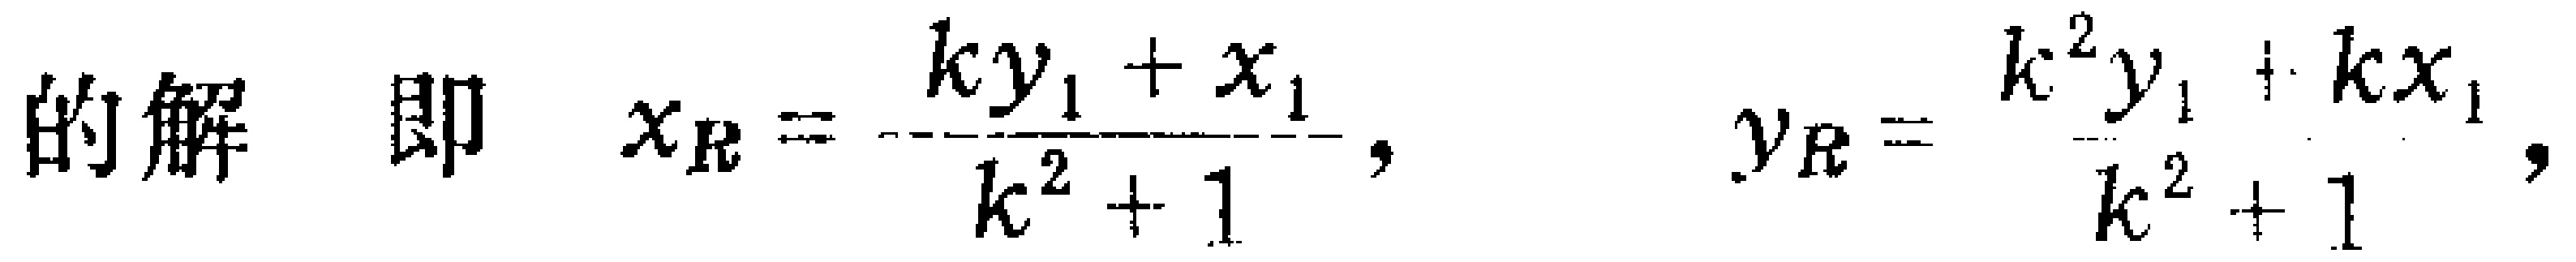
的解 即 \(x_R = -\frac{ky_1 + x_1}{k^2 + 1},\) \(y_R = \frac{k^2y_1 + kx_1}{k^2 + 1},\)